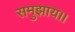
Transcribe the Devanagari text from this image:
समुझाय।।